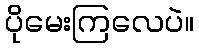
ပိုမေးကြလေပဲ။